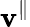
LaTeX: \mathbf{v}^{\| }